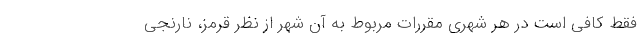
فقط کافی است در هر شهری مقررات مربوط به آن شهر از نظر قرمز، نارنجی